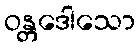
ဝန္တဒေါသော